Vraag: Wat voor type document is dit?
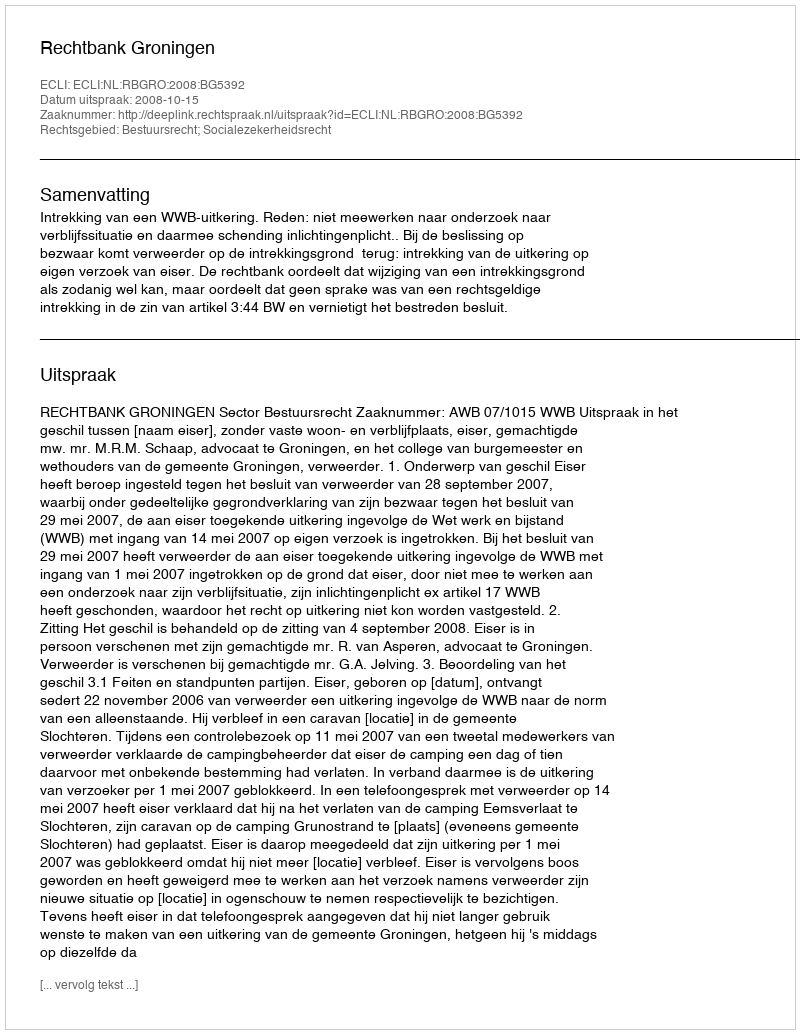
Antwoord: Uitspraak